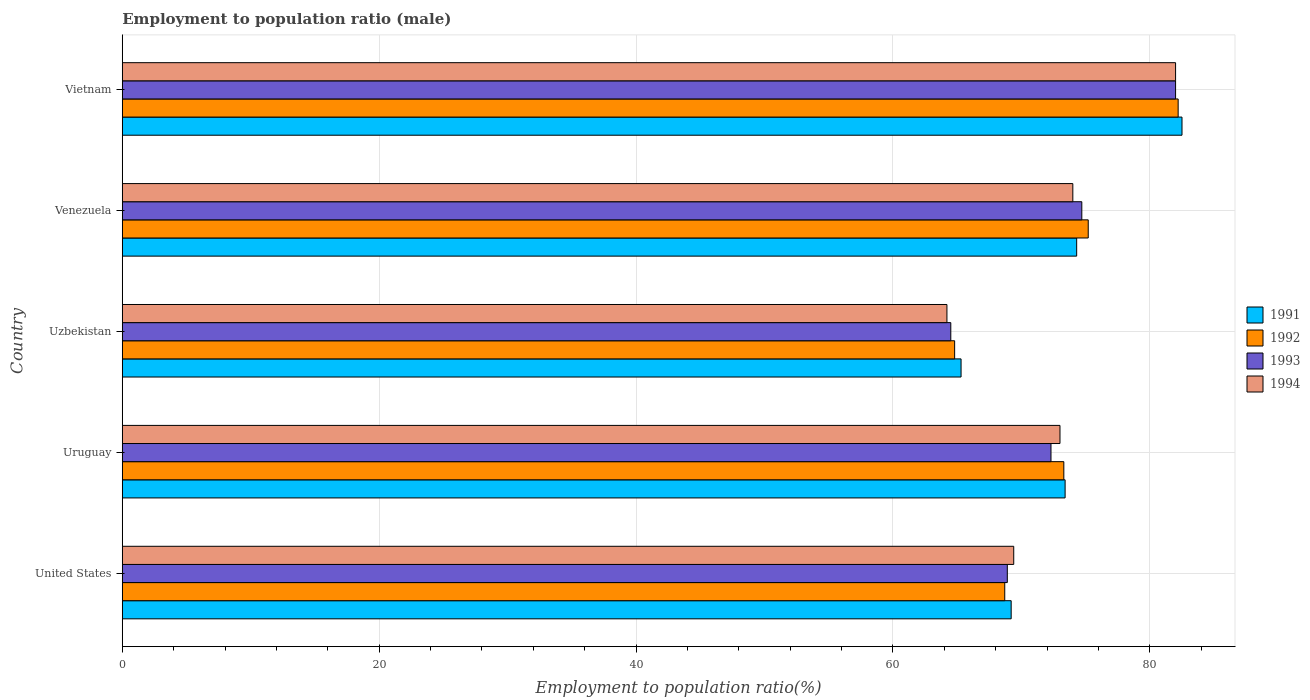
| Country | 1991 | 1992 | 1993 | 1994 |
 | --- | --- | --- | --- | --- |
 | United States | 69.2 | 68.7 | 68.9 | 69.4 |
 | Uruguay | 73.4 | 73.3 | 72.3 | 73 |
 | Uzbekistan | 65.3 | 64.8 | 64.5 | 64.2 |
 | Venezuela | 74.3 | 75.2 | 74.7 | 74 |
 | Vietnam | 82.5 | 82.2 | 82 | 82 |